Civil Veterinary Dept. North-West Frontier Province 1923-32 - 1923-1932
Year: 1923
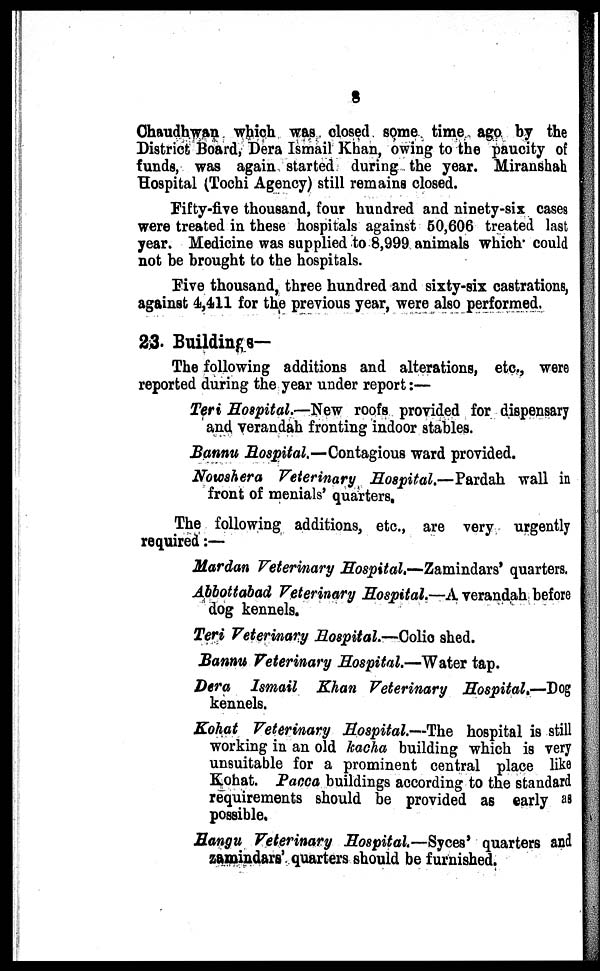
8
Chaudhwan which was closed some time ago by the
District Board, Dera Ismail Khan, owing to the paucity of
funds, was again started during the year. Miranshah
Hospital (Tochi Agency) still remains closed.
Fifty-five thousand, four hundred and ninety-six cases
were treated in these hospitals against 50,606 treated last
year. Medicine was supplied to 8,999 animals which could
not be brought to the hospitals.
Five thousand, three hundred and sixty-six castrations,
against 4,411 for the previous year, were also performed.
23. Buildings—
The following additions and alterations, etc., were
reported during the year under report:—
Teri Hospital.—New roofs provided for dispensary
and verandah fronting indoor stables.
Bannu Hospital.—Contagious ward provided.
Nowshera Veterinary Hospital.—Pardah wall in
front of menials' quarters.
The following additions, etc., are very urgently
required:—
Mardan Veterinary Hospital.—Zamindars' quarters.
Abbottabad Veterinary Hospital.—A verandah before
dog kennels.
Teri Veterinary Hospital.—Colio shed.
Bannu Veterinary Hospital.—Water tap.
Dera Ismail Khan Veterinary Hospital.—Dog
kennels.
Kohat Veterinary Hospital.—The hospital is still
working in an old kacha building which is very
unsuitable for a prominent central place like
Kohat. Pacca buildings according to the standard
requirements should be provided as early as
possible.
Hangu Veterinary Hospital.—Syces' quarters and
zamindars' quarters should be furnished.